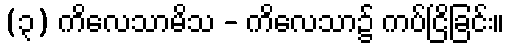
(၃) ကိလေသာမိသ - ကိလေသာ၌ ကပ်ငြိခြင်း။